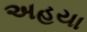
અહયા